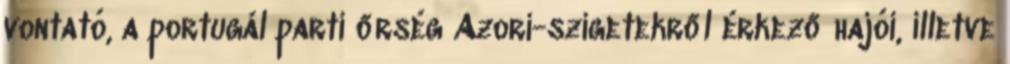
vontató, a portugál parti őrség Azori-szigetekről érkező hajói, illetve